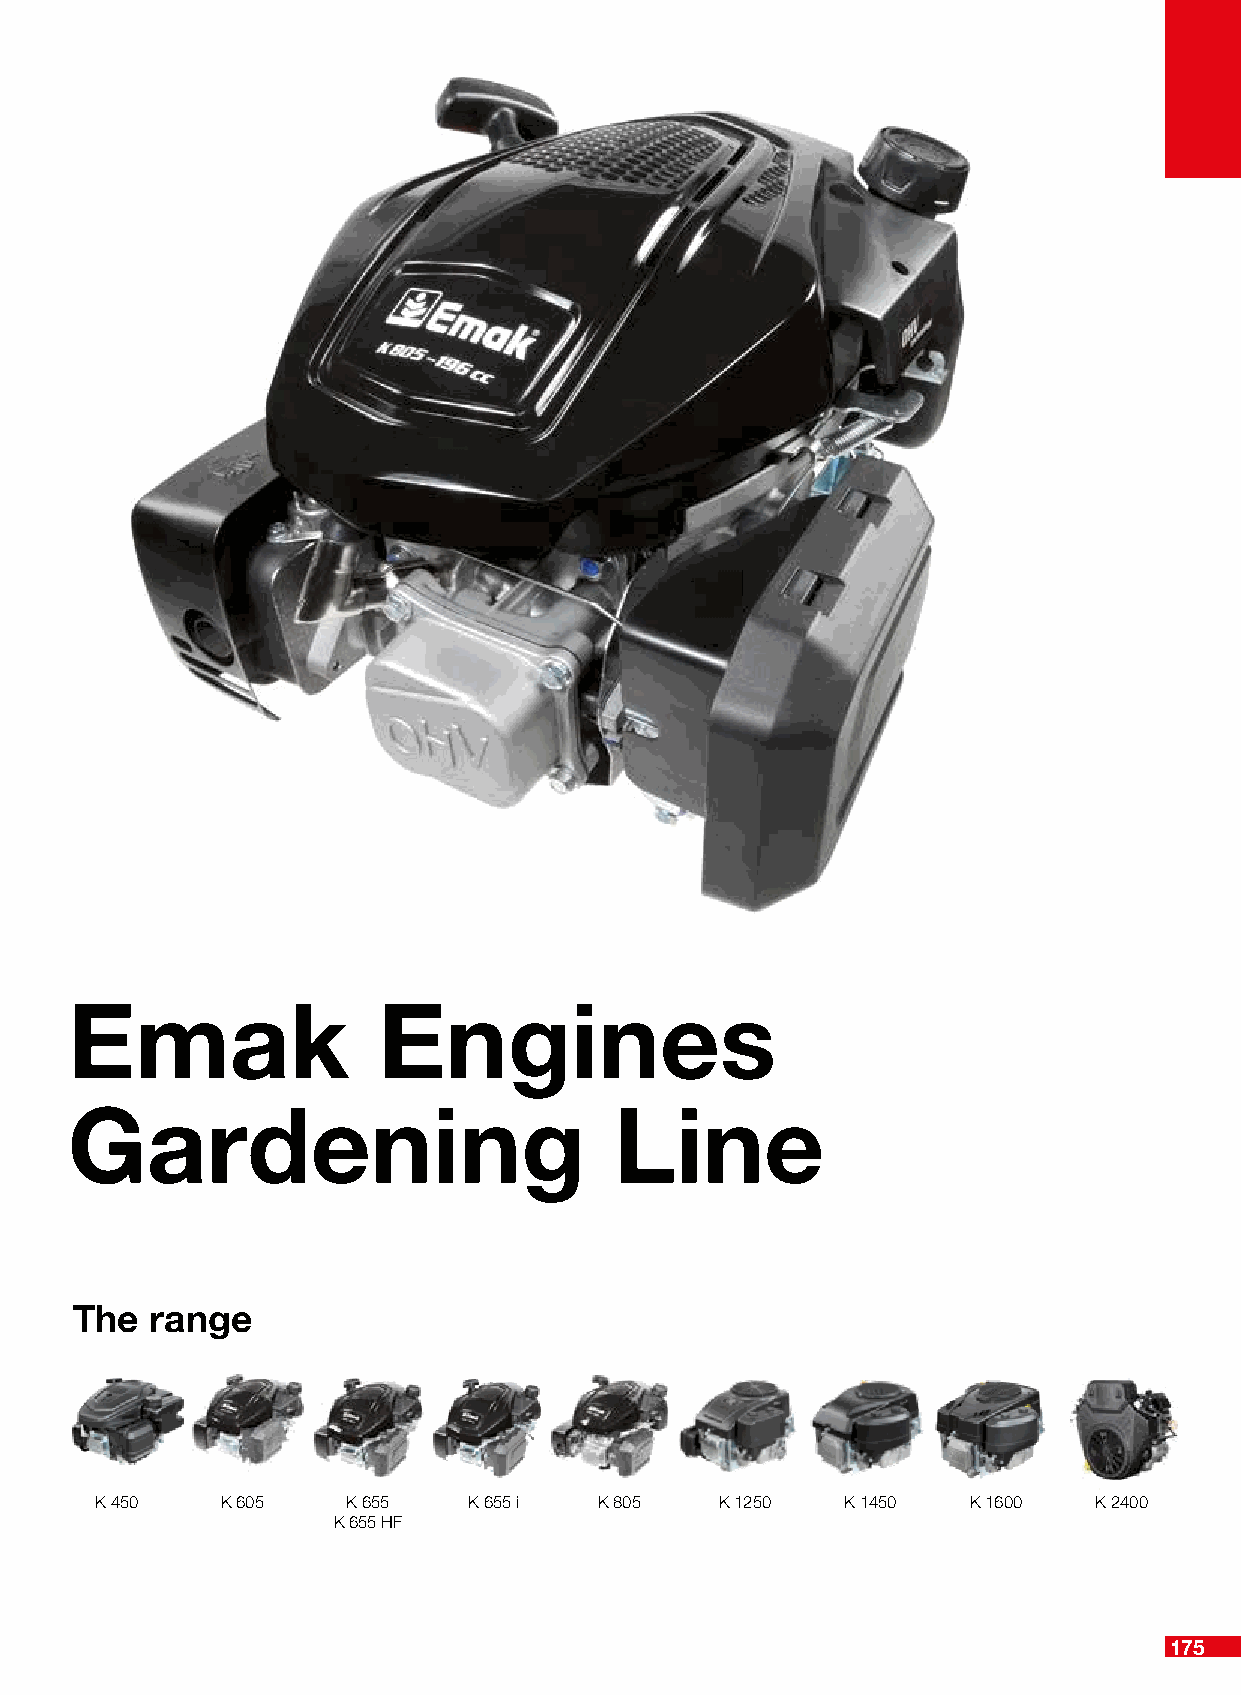
Emak                 Engines
 Gardening                            Line
 The  range
 K 450    K 605   K 655   K 655 i  K 805   K 1250  K 1450  K 1600  K 2400
 K 655 HF
 175